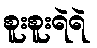
စူးစူးရဲရဲ